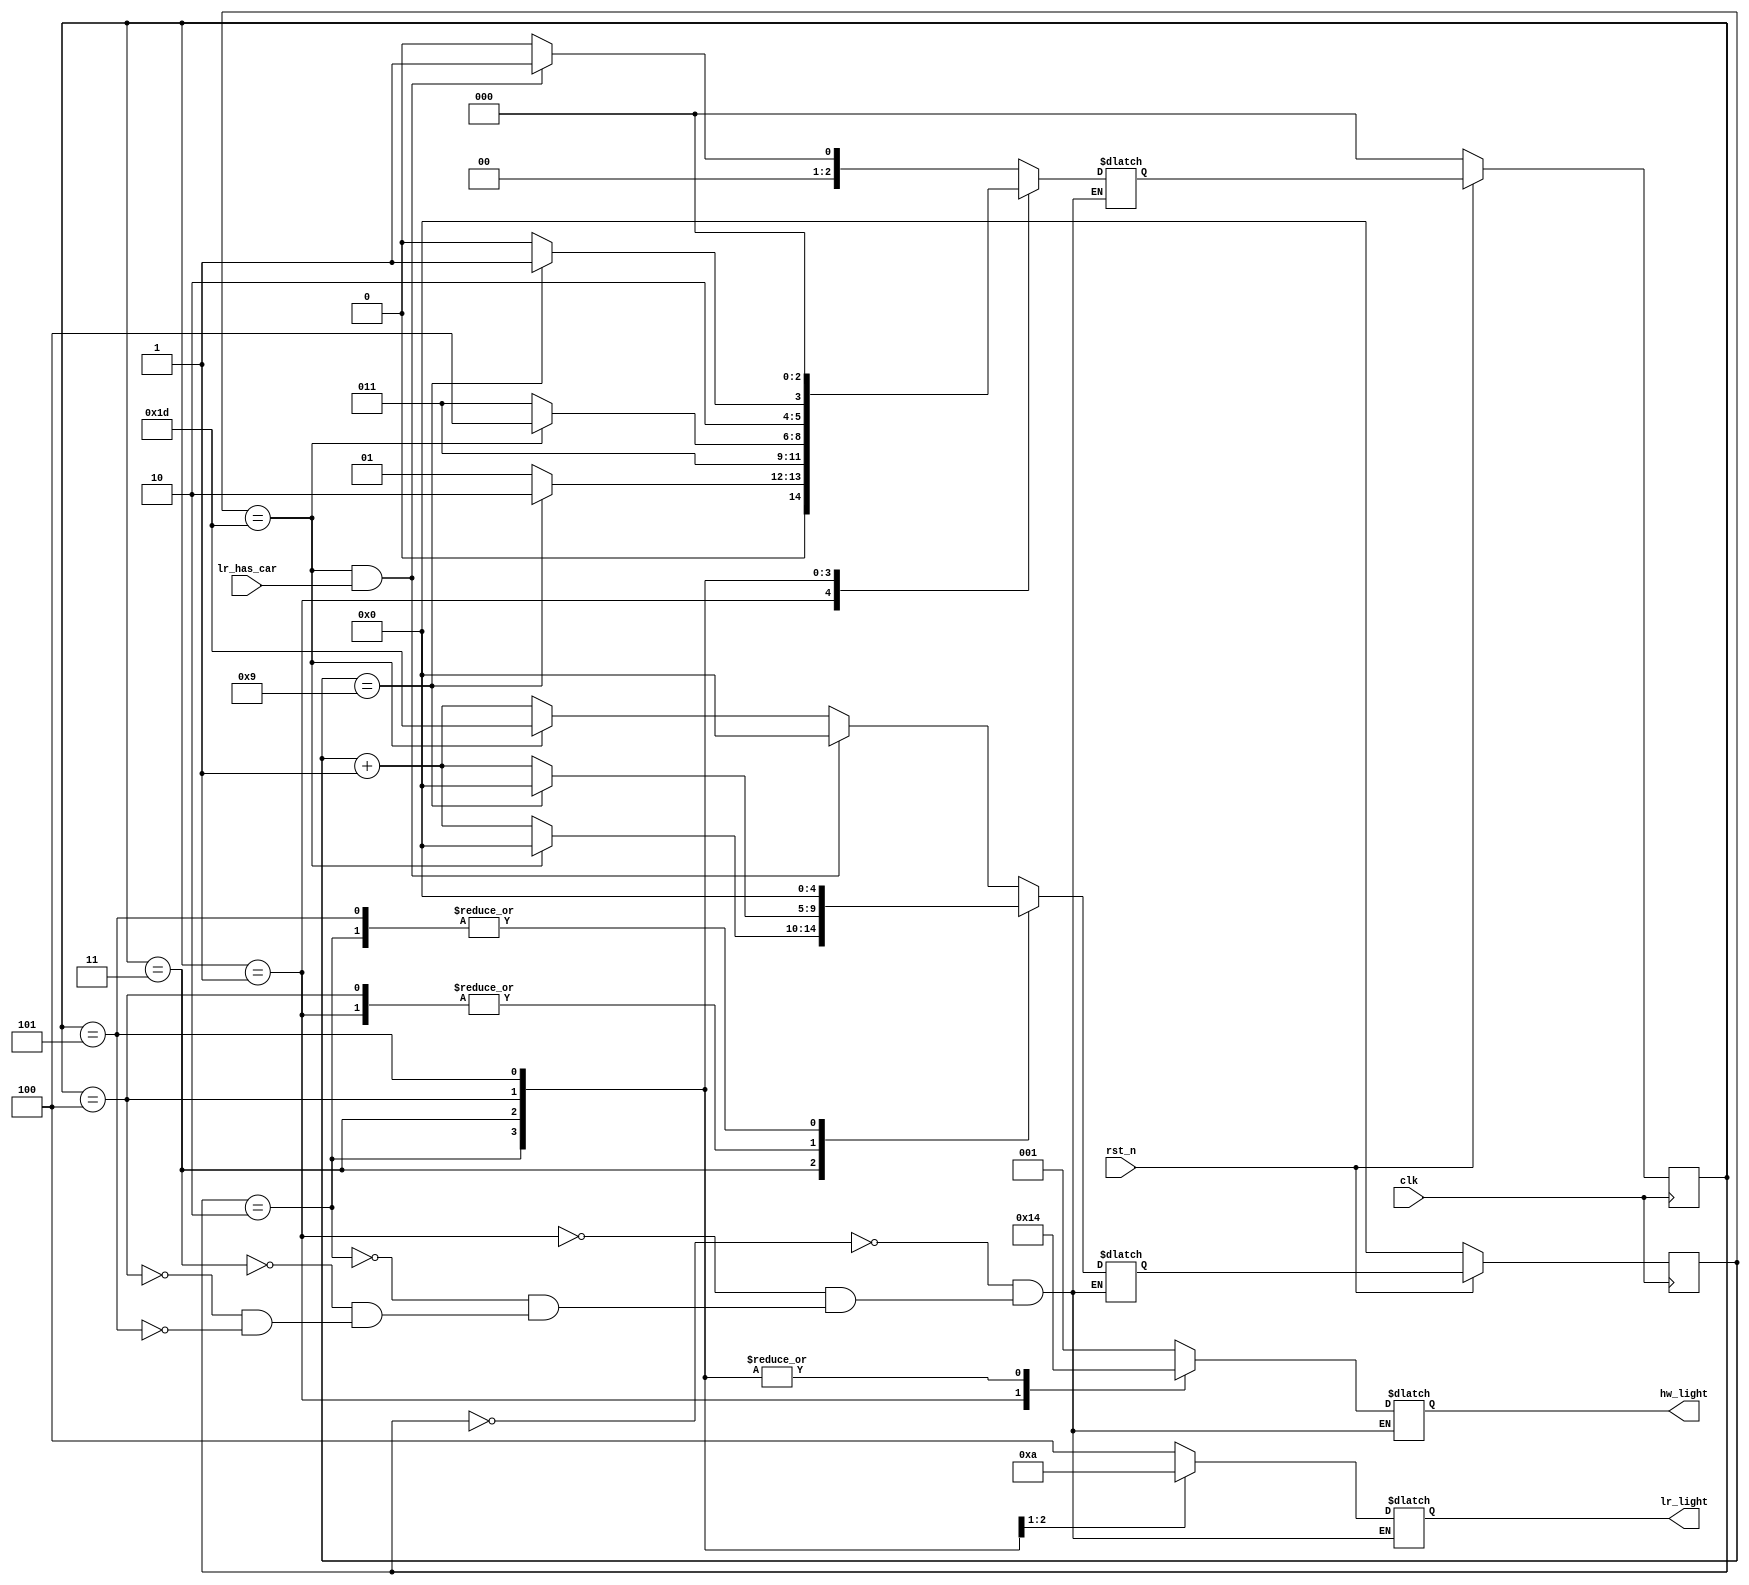
`timescale 1ns/1ps

module Traffic_Light_Controller (clk, rst_n, lr_has_car, hw_light, lr_light);
input clk, rst_n;
input lr_has_car;
output [3-1:0] hw_light;
output [3-1:0] lr_light;

reg [2:0] state;
reg [2:0] next_state;
reg [4:0] times;
reg [4:0] next_times;
reg [3-1:0] hw_light;
reg [3-1:0] lr_light;
parameter A = 3'b000;
parameter B = 3'b001;
parameter C = 3'b010;
parameter D = 3'b011;
parameter E = 3'b100;
parameter F = 3'b101;


always@(posedge clk) begin
    if(rst_n == 1'b0) begin
        state <= A;
        times <= 5'b0;
    end
    else begin
        state <= next_state;
        times <= next_times;
    end
end

always@* begin
    case(state) 
        A : begin
            hw_light = 3'b001;
            lr_light = 3'b100;
            if( ( (times == 5'd29) && lr_has_car) == 1'b1 ) begin
                next_times = 5'd0;
                next_state = B;
            end
            else begin
                if(times == 5'd29)
                    next_times = 5'd29;
                else
                    next_times = times + 1'b1;
                    
                next_state = A;
            end
        end
        B : begin
            hw_light = 3'b010;
            lr_light = 3'b100;
            if( times == 5'd9 ) begin
                next_times = 5'd0;
                next_state = C;
            end
            else begin
                next_times = times + 1'b1;
                next_state = B;
            end
        end
        C : begin
            hw_light = 3'b100;
            lr_light = 3'b100;
                next_times = 5'b0;
                next_state = D;
        end
        D : begin
            hw_light = 3'b100;
            lr_light = 3'b001;
            if(times == 5'd29) begin
                next_times = 5'b0;
                next_state = E;
            end
            else begin
                next_times = times + 1'b1;
                next_state = D;
            end
         end
         E : begin
            hw_light = 3'b100;
            lr_light = 3'b010;
            if(times == 5'd9) begin
                next_times = 5'b0;
                next_state = F;
            end
            else begin
                next_times = times + 1'b1;
                next_state = E;
            end
         end
         F : begin
            hw_light = 3'b100;
            lr_light = 3'b100;
                next_times = 5'b0;
                next_state = A;
         end  
    endcase
end

endmodule